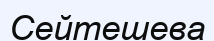
Сейтешева